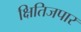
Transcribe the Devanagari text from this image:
क्षितिजपार